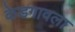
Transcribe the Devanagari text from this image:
केडगावला